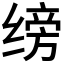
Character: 𫄰